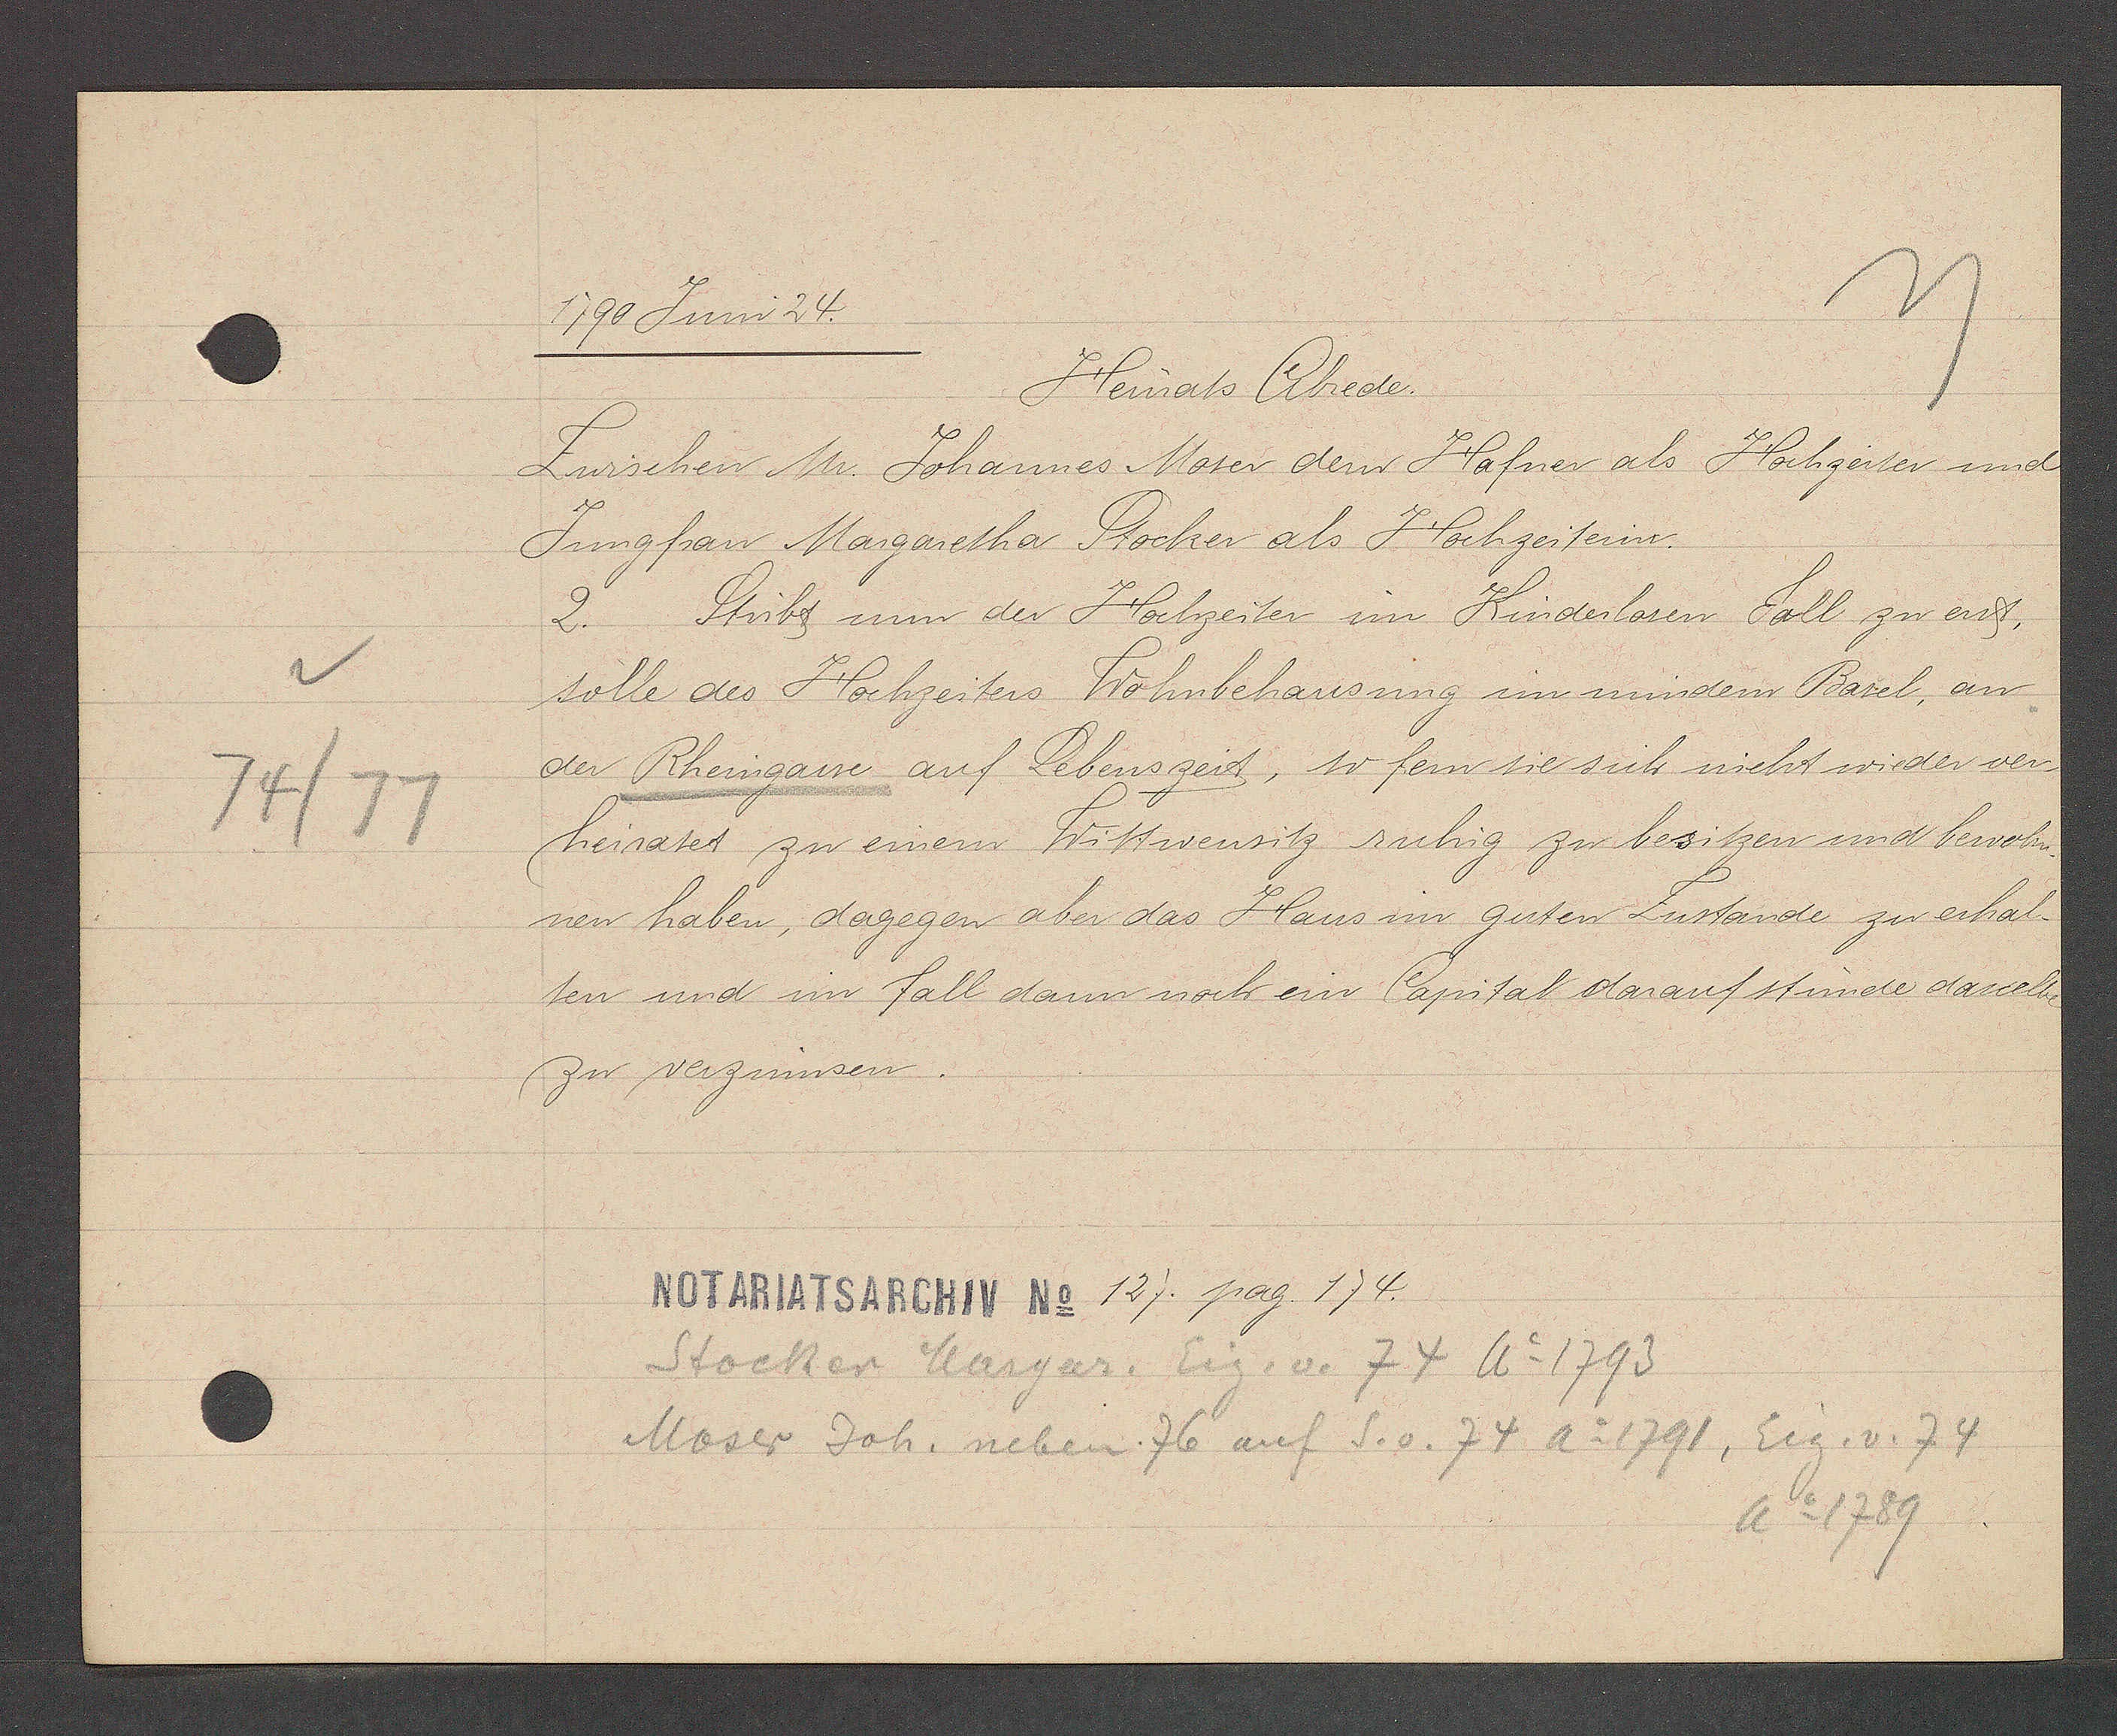
Transcript:
74/77

1790 Juni 24.

Heinats Abede.
Zwischen Mr. Johannes Moter dem Hafner als Hochzeiter und
Jungfrau Margaretha Stocher als Hochzeiterin.
2. Stibt um der Hochzeiter im Kinderlosen Fall zu erst,
solle des Hochzeiters Wohnbehausung im mindern Basel, an
der Rheingasse auf Lebenszeit, so fern sie sich nicht wieder ver¬
heiratet zu einem Wittwensitz ruhig zu besitzen und bewohn¬
nen haben, dagegen aber das Haus im guten Zustande zu erhal¬
ten und im fall dann noch ein Capital darauf stunde dasselbe
zu verzinnsen.

Stocker Margar. Eig. v. 74 Ao 1793
Moser Joh. neben 76 auf S. v. 74 Ao 1791, Eig. v. 74
Ao 1789

Notariatsarchiv No 127. pag. 174.